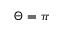
\Theta = \pi